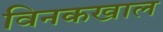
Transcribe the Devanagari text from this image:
विनकखाल